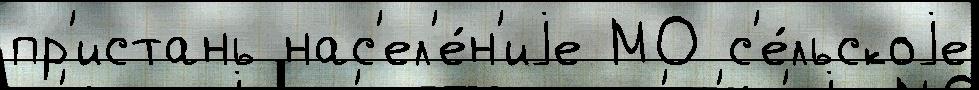
пр'истань нас'ел'е́н'иjе МО с'е́льскоjе